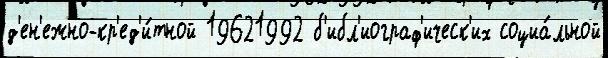
д'ен'ежно-кр'ед'и́тной 19621992 б'ибл'иограф'ическ'их социа́льной